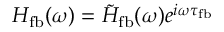
H _ { \mathrm { f b } } ( \omega ) = \tilde { H } _ { \mathrm { f b } } ( \omega ) e ^ { i \omega \tau _ { \mathrm { f b } } }